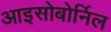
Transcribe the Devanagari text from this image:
आइसोबोर्निल